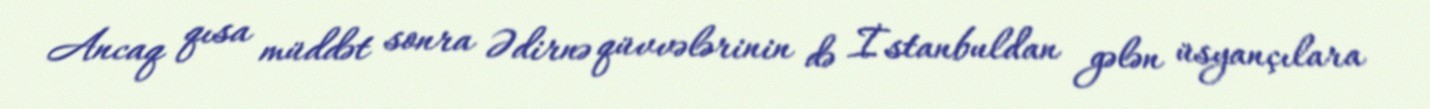
Ancaq qısa müddət sonra Ədirnə qüvvələrinin də İstanbuldan gələn üsyançılara